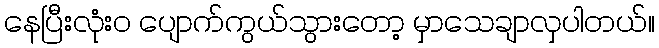
နေပြီးလုံးဝ ပျောက်ကွယ်သွားတော့ မှာသေချာလှပါတယ်။